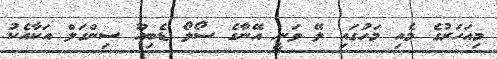
މިއަހަރުގެ މެއި މަހުގައި ލޭ ވަނީ އޭނާގެ ސޯލޯ ޑެބިއޫ ސިންގަލް އަކާއެކު